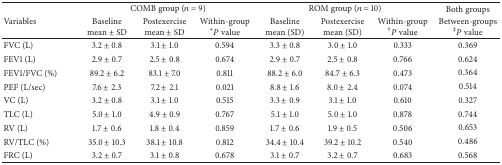
<table><thead><tr><td rowspan="2"><b>Variables</b></td><td colspan="3"><b>COMB group (<i>n</i> = 9)</b></td><td colspan="3"><b>ROM group (<i>n</i> = 10)</b></td><td><b>Both groups</b></td></tr><tr><td><b>Baseline mean ± SD</b></td><td><b>Postexercise mean ± SD</b></td><td><b>Within-group *<i>P</i> value</b></td><td><b>Baseline mean (SD)</b></td><td><b>Postexercise mean (SD)</b></td><td><b>Within-group <sup>†</sup><i>P</i> value</b></td><td><b>Between-groups <sup>‡</sup><i>P</i> value</b></td></tr></thead><tbody><tr><td>FVC (L)</td><td>3.2 ± 0.8</td><td>3.1 ± 1.0</td><td>0.594</td><td>3.3 ± 0.8</td><td>3.0 ± 1.0</td><td>0.333</td><td>0.369</td></tr><tr><td>FEV1 (L)</td><td>2.9 ± 0.7</td><td>2.5 ± 0.8</td><td>0.674</td><td>2.9 ± 0.7</td><td>2.5 ± 0.8</td><td>0.766</td><td>0.624</td></tr><tr><td>FEV1/FVC (%)</td><td>89.2 ± 6.2</td><td>83.1 ± 7.0</td><td>0.811</td><td>88.2 ± 6.0</td><td>84.7 ± 6.3</td><td>0.473</td><td>0.364</td></tr><tr><td>PEF (L/sec)</td><td>7.6 ± 2.3</td><td>7.2 ± 2.1</td><td>0.021</td><td>8.8 ± 1.6</td><td>8.0 ± 2.4</td><td>0.074</td><td>0.514</td></tr><tr><td>VC (L)</td><td>3.2 ± 0.8</td><td>3.1 ± 1.0</td><td>0.515</td><td>3.3 ± 0.9</td><td>3.1 ± 1.0</td><td>0.610</td><td>0.327</td></tr><tr><td>TLC (L)</td><td>5.0 ± 1.0</td><td>4.9 ± 0.9</td><td>0.767</td><td>5.1 ± 1.0</td><td>5.0 ± 1.0</td><td>0.878</td><td>0.744</td></tr><tr><td>RV (L)</td><td>1.7 ± 0.6</td><td>1.8 ± 0.4</td><td>0.859</td><td>1.7 ± 0.6</td><td>1.9 ± 0.5</td><td>0.506</td><td>0.653</td></tr><tr><td>RV/TLC (%)</td><td>35.0 ± 10.3</td><td>38.1 ± 10.8</td><td>0.812</td><td>34.4 ± 10.4</td><td>39.2 ± 10.2</td><td>0.540</td><td>0.486</td></tr><tr><td>FRC (L)</td><td>3.2 ± 0.7</td><td>3.1 ± 0.8</td><td>0.678</td><td>3.1 ± 0.7</td><td>3.2 ± 0.7</td><td>0.683</td><td>0.568</td></tr></tbody></table>